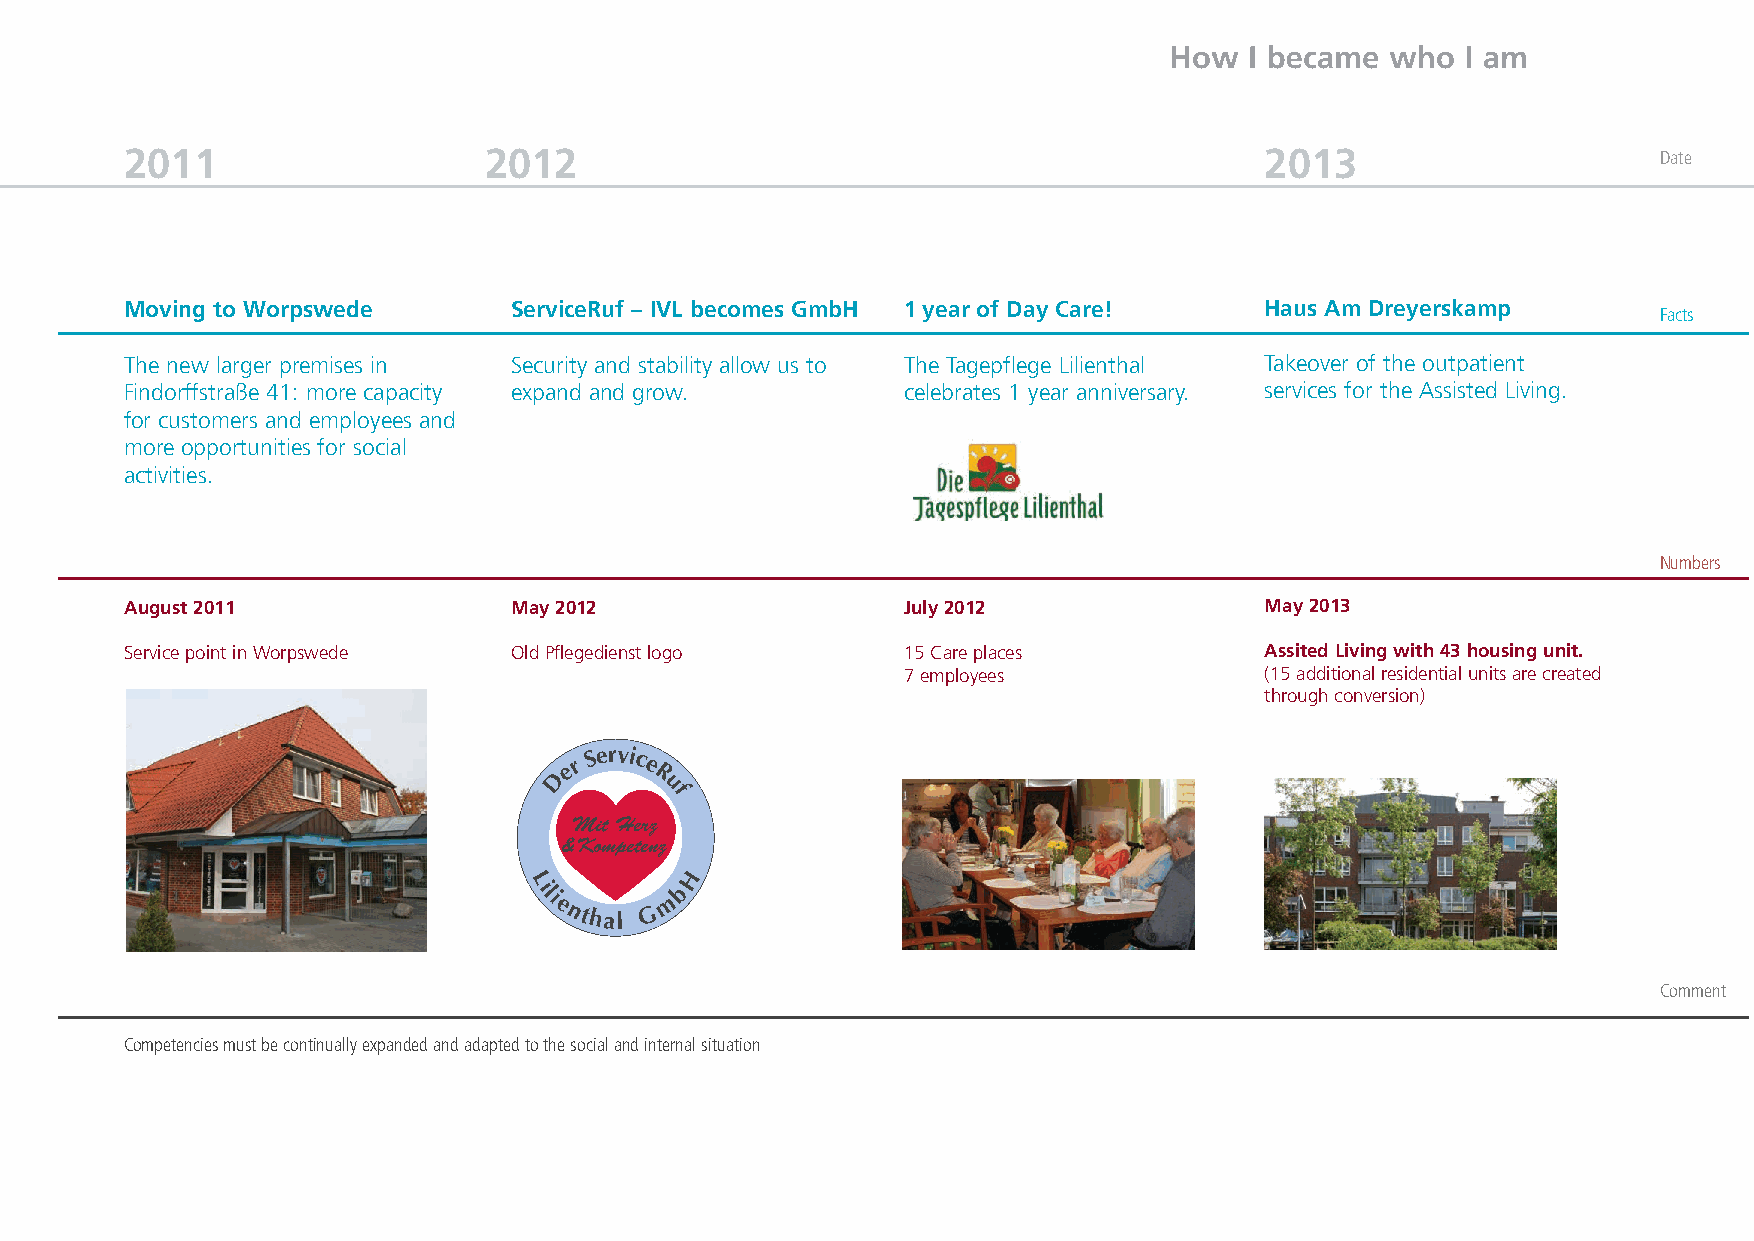
How   I became who  I am
 2011                    2012                                                2013                      Date
 Moving to Worpswede       ServiceRuf – IVL becomes GmbH 1 year of Day Care! Haus Am Dreyerskamp
 Facts
 The new larger premises in Security and stability allow us to The Tagepflege Lilienthal Takeover of the outpatient
 Findorffstraße 41: more capacity expand and grow.   celebrates 1 year anniversary. services for the Assisted Living.
 for customers and employees and
 more opportunities for social
 activities.
 Numbers
 August 2011               May 2012                  July 2012               May 2013
 Service point in Worpswede Old Pflegedienst logo    15 Care places          Assited Living with 43 housing unit.
 7 employees             (15 additional residential units are created
 through conversion)
 Der
 Service
 R
 u
 f
 Mit Herz
 & Kompetenz
 H
 Lili
 m
 b
 enthal G
 Comment
 Competencies must be continually expanded and adapted to the social and internal situation